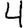
Digit: 4